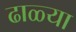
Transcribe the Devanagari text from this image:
ढाळ्या